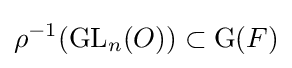
\rho ^{-1}(\mathrm {GL} _{n}(O))\subset \mathrm {G} (F)